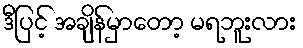
ဒီပြင့် အချိန်မှာတော့ မရဘူးလား